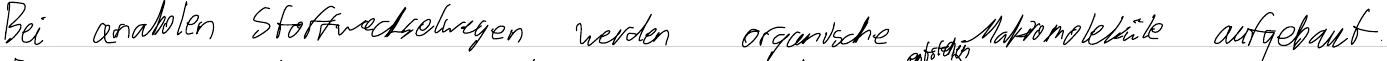
Bei anabolen Stoffwechselwegen werden organische Makromoleküle aufgebaut.